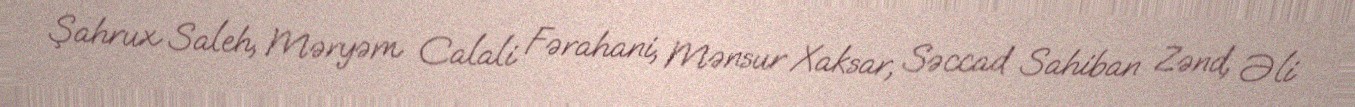
Şahrux Saleh, Məryəm Calali Fərahani, Mənsur Xaksar, Səccad Sahiban Zənd, Əli